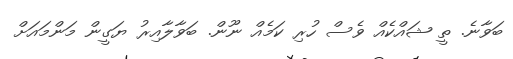
ބަވާނެ. ތީ ޝައްކެއް ވެސް ހުރި ކަމެއް ނޫން. ބަވާލާއިރު ޔަގީން މަންމައަށް